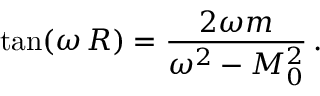
\tan ( \omega \, R ) = \frac { 2 \omega m } { \omega ^ { 2 } - M _ { 0 } ^ { 2 } } \, { . }